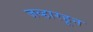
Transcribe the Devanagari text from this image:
जव्हारहून